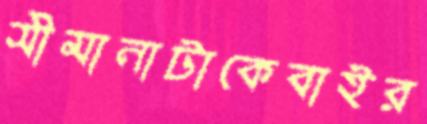
সীমানাটাকেবাইর